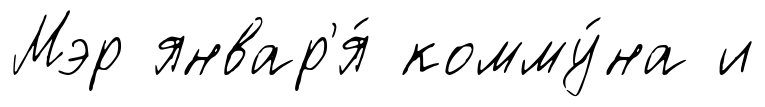
Мэр январ'я́ комму́на и